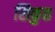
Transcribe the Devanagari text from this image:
सिकुत